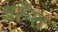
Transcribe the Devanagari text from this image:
बरुँश